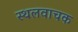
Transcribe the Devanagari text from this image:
स्थलवाचक